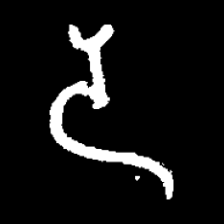
Pyu character \u2014 Myanmar letter: ဒ (romanized: da)